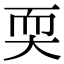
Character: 耎